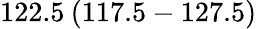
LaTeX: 122.5\: (117.5-127.5)